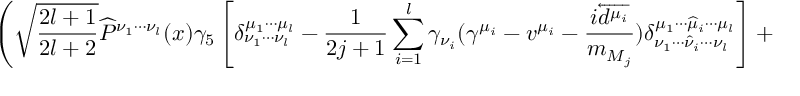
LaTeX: \left( \sqrt { \frac { 2 l + 1 } { 2 l + 2 } } \widehat { P } ^ { \nu _ { 1 } \cdots \nu _ { l } } ( x ) \gamma _ { 5 } \left[ \delta _ { \nu _ { 1 } \cdots \nu _ { l } } ^ { \mu _ { 1 } \cdots \mu _ { l } } - \frac { 1 } { 2 j + 1 } \sum _ { i = 1 } ^ { l } \gamma _ { \nu _ { i } } ( \gamma ^ { \mu _ { i } } - v ^ { \mu _ { i } } - \frac { i \overleftarrow { d ^ { \mu _ { i } } } } { m _ { M _ { j } } } ) \delta _ { \nu _ { 1 } \cdots \widehat { \nu } _ { i } \cdots \nu _ { l } } ^ { \mu _ { 1 } \cdots \widehat { \mu } _ { i } \cdots \mu _ { l } } \right] + \widehat { P } ^ { * \mu _ { 1 } \cdots \mu _ { l + 1 } } ( x ) \gamma _ { \mu _ { l + 1 } } \right) ,